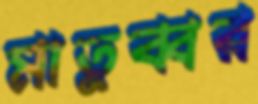
মাতুব্বর